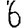
Digit: 6